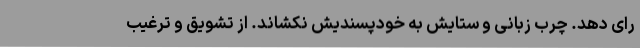
رای دهد. چرب زبانی و ستایش به خودپسندیش نکشاند. از تشویق و ترغیب